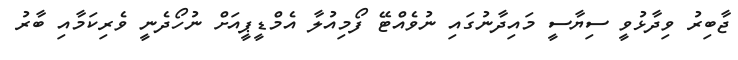
ޖާބިރު ވިދާޅުވީ ސިޔާސީ މައިދާނުގައި ނުވެއްޓޭ ފޯމިއުލާ އެމްޑީޕީއަށް ނުހޯދެނީ ވެރިކަމާއި ބާރު